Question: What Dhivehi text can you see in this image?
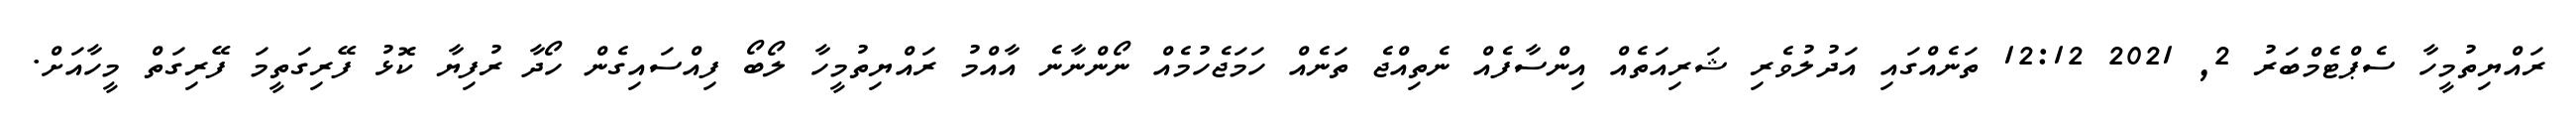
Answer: ރައްޔިތުމީހާ ސެޕްޓެމްބަރު 2, 2021 12:12 ތަނެއްގައި އަދުލުވެރި ޝަރިއަތެއް އިންސާފެއް ނެތިއްޖެ ތަނެއް ހަމަޖެހުމެއް ނޯންނާނެ އާއްމު ރައްޔިތުމީހާ ލޯބޯ ފިއްސައިގެން ހޯދާ ރުފިޔާ ކޮޅު ފޭރިގަތީމަ ފޭރިގަތް މީހާއަށް.